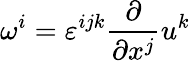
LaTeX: \omega^{i}=\varepsilon^{ijk}\frac{\partial}{\partial x^{j}}u^{k}